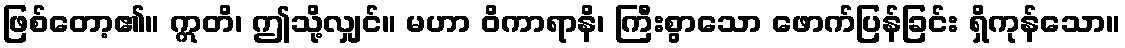
ဖြစ်တော့၏။ ဣတိ၊ ဤသို့လျှင်။ မဟာ ဝိကာရာနိ၊ ကြီးစွာသော ဖောက်ပြန်ခြင်း ရှိကုန်သော။